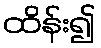
ထိန်း၍